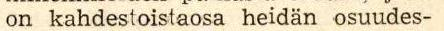
on kahdestoistaosa heidän osuudes-